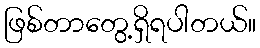
ဖြစ်တာတွေ့ရှိရပါတယ်။